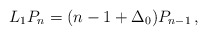
\begin{align*}L_1P_n=(n-1+\Delta_0)P_{n-1}\,,\end{align*}